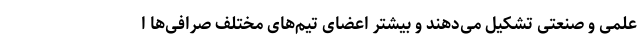
علمی و صنعتی تشکیل می‌دهند و بیشتر اعضای تیم‌های مختلف صرافی‌ها ا